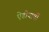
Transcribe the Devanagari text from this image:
ऐडीयार्वी